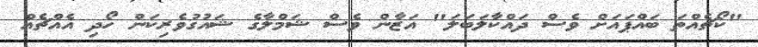
"ކޯޗެއްތަ ބައްޕައަށް ވެސް ދައްކާލަބަލަ" އަޒާން ވެސް ޝަމްލާގެ ޝައުގުވެރިކަން ހޯދި އެއްޗެއް